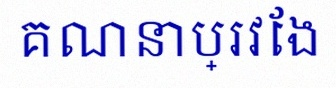
គណនាប្រវែង